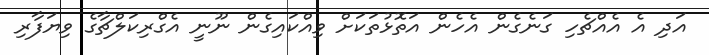
އަދި އެ އެއްޗެހި ގަނެގެން އެހެން އަތޮޅުތަކަށް ވިއްކައިގެން ނޫނީ އެގްރިކަލްޗާގެ ވިޔަފާރި